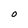
Character: O